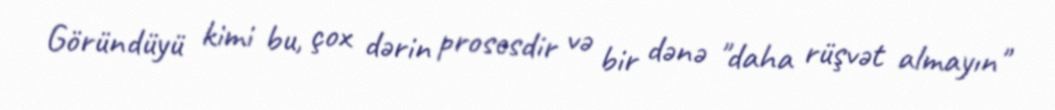
Göründüyü kimi bu, çox dərin prosesdir və bir dənə "daha rüşvət almayın"